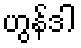
ဟွန်ဒါ